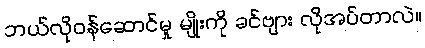
ဘယ်လိုဝန်ဆောင်မှု မျိုးကို ခင်ဗျား လိုအပ်တာလဲ။